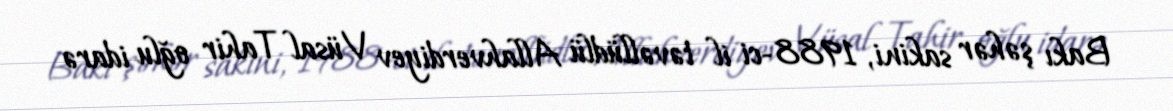
Bakı şəhər sakini, 1988-ci il təvəllüdlü Allahverdiyev Vüsal Tahir oğlu idarə